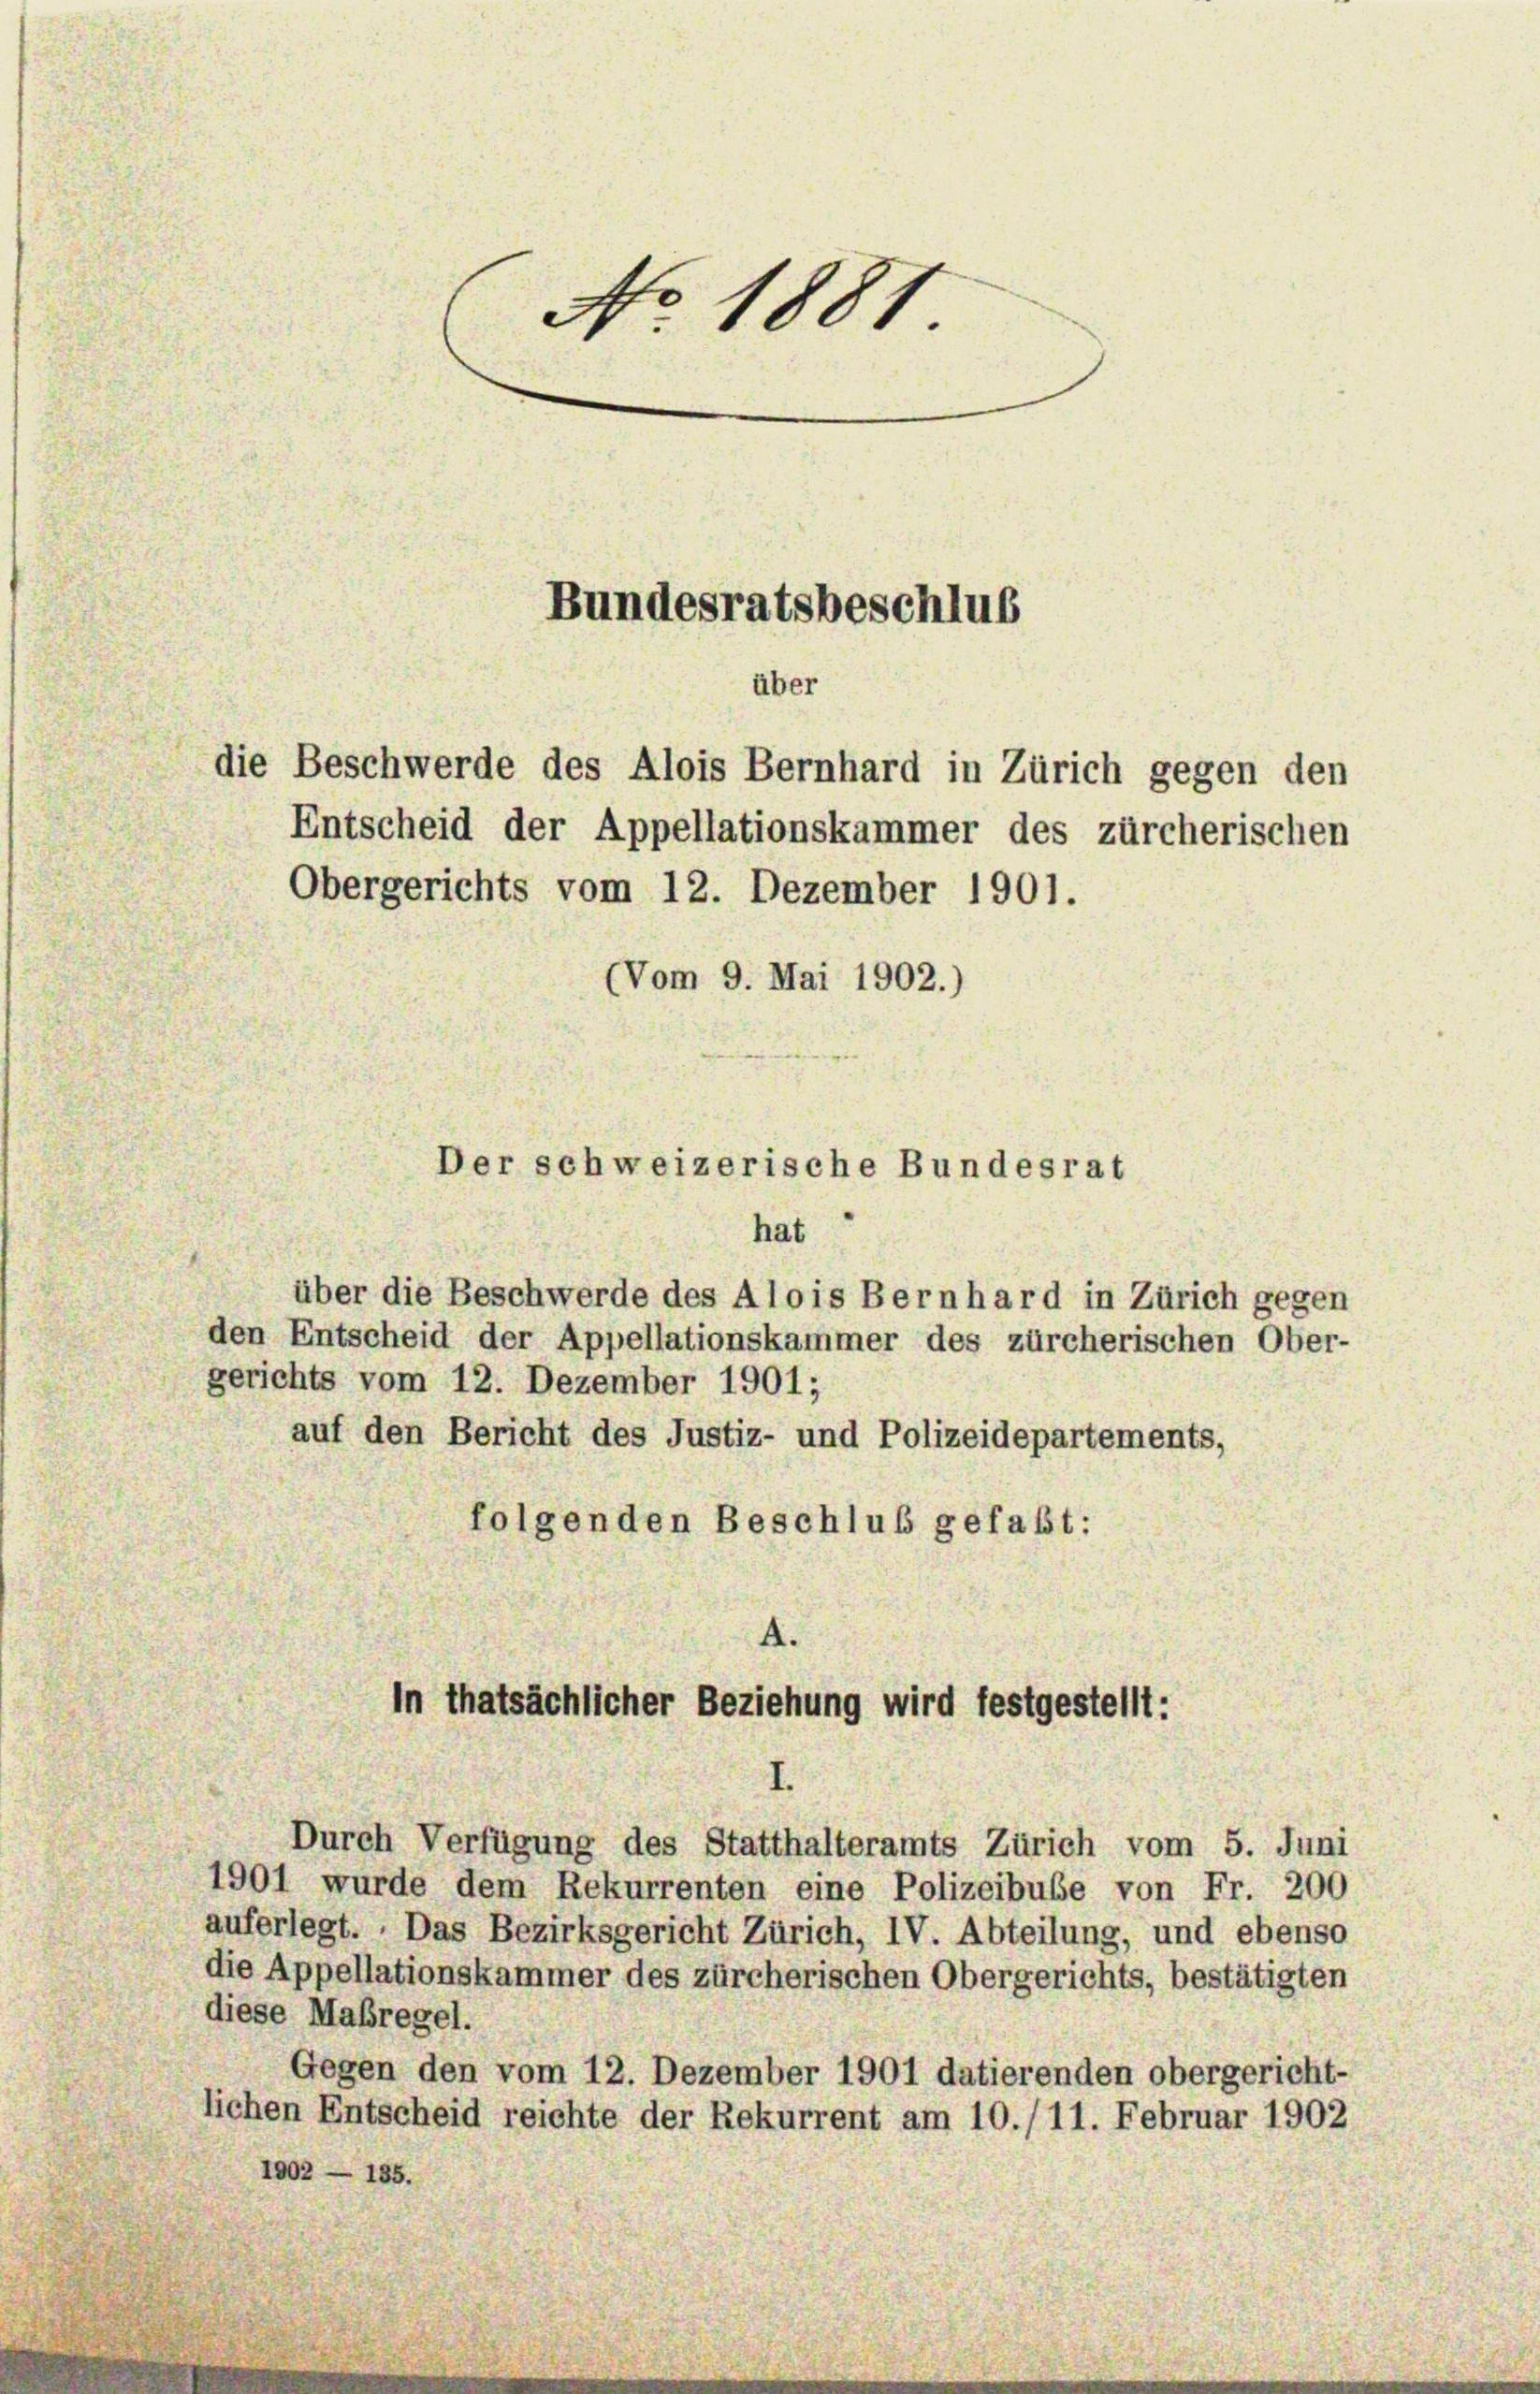
No. 1881.
Bundesratsbeschlus
über

Entscheid der Appellationskammer des zürcherischen
Obergerichts vom 12. Dezember 1901.
(Vom 9. Mai 1902.)
Der schweizerische Bundesrat

die Beschwerde des Alois Bernhard in Zürich gegen den

hat
über die Beschwerde des Alois Bernhard in Zürich gegen
den Entscheid der Appellationskammer des zürcherischen Ober-
gerichts vom 12. Dezember 1901;
auf den Bericht des Justiz- und Polizeidepartements,
folgenden Beschluß gefaßt:

A.
in thatsächlicher Beziehung wird festgestellt:

Durch Verfügung des Statthalteramts Zürich vom 5. Juni
1901 wurde dem Rekurrenten eine Polizeibuße von Fr. 200
auferlegt. Das Bezirksgericht Zürich, IV. Abteilung, und ebenso
die Appellationskammer des zürcherischen Obergerichts, bestätigten
diese Maßregel.
Gegen den vom 12. Dezember 1901 datierenden obergericht-
lichen Entscheid reichte der Rekurrent am 10./11. Februar 1902
1002 — 155.